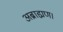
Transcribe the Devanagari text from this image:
अब्राह्मण।